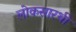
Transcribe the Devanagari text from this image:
लोकसारथी